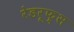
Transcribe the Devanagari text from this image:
रेडरूफ़्स